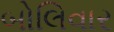
બોલિવાર